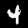
Label: 4